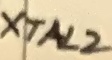
Text: XTAL2